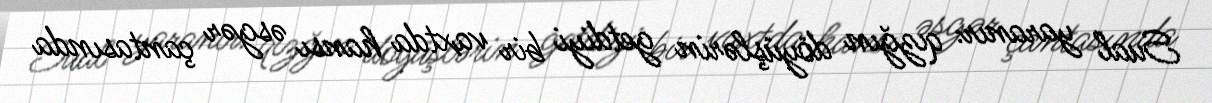
Sual yaranır: qızğın döyüşlərin getdiyi bir vaxtda hansı əsgər çantasında